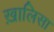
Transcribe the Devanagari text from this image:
ख़ालिसा